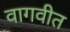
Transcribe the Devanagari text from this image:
वागवीत